Mental hospitals Bombay report 1929-33 - 1929-1933
Year: 1929
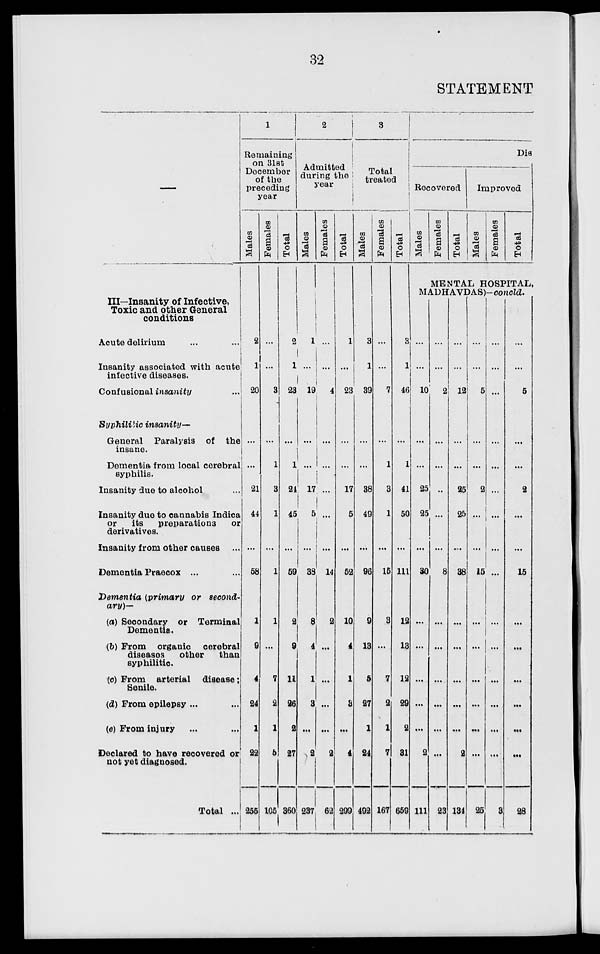
32
STATEMENT
—
III—Insanity of Infective,
Toxic and other General
conditions
Acute delirium ... ...
Insanity associated with acute
infective diseases.
Confusional insanity ...
Syphilitic
insanity—
General Paralysis of the
insane.
Dementia from local cerebral
syphilis.
Insanity due to alcohol ...
Insanity due to cannabis Indica
or
its
preparations
or
derivatives.
Insanity from other causes ...
Dementia Praecox ... ...
Dementia (primary or second-
ary)—
(a) Secondary or Terminal
Dementia.
(b) From organic
cerebral
diseases
other
than
syphilitic
(c) From arterial
disease;
Senile.
(d) From epilepsy ... ...
(e) From injury ... ...
Declared to have recovered or
not yet diagnosed.
Total ...
1
Remaining
on 31st
December
of the
preceding
year
Males
2
1
20
...
...
21
44
...
58
1
9
4
24
1
22
255
Females
...
...
3
...
1
3
1
...
1
1
...
7
2
1
5
105
Total
2
1
23
...
1
24
45
...
59
2
9
11
26
2
27
360
2
Admitted
during the
year
Males
1
...
19
...
...
17
5
...
38
8
4
1
3
...
2
237
Females
...
...
4
...
...
...
...
...
14
2
...
...
...
...
2
62
Total
1
...
23
...
...
17
5
...
52
10
4
1
3
...
4
299
3
Total
treated
Males
3
1
39
...
...
38
49
...
96
9
13
5
27
1
24
492
Females
...
...
7
...
1
3
1
...
15
3
...
7
2
1
7
167
Total
3
1
46
...
1
41
50
...
111
12
13
12
29
2
31
659
Dis
Recovered
Males
Females
Total
Improved
Males
Females
Total
MENTAL HOSPITAL,
MADHAVDAS)—concld.
...
...
10
...
...
25
25
...
30
...
...
...
...
...
2
111
...
...
2
...
...
...
...
...
8
...
...
...
...
...
...
23
...
...
12
...
...
25
25
...
38
...
...
...
...
...
2
134
...
...
5
...
...
2
...
...
15
...
...
...
...
...
...
25
...
...
...
...
...
...
...
...
...
...
...
...
...
...
...
3
...
...
5
...
...
2
...
...
15
...
...
...
...
...
...
28